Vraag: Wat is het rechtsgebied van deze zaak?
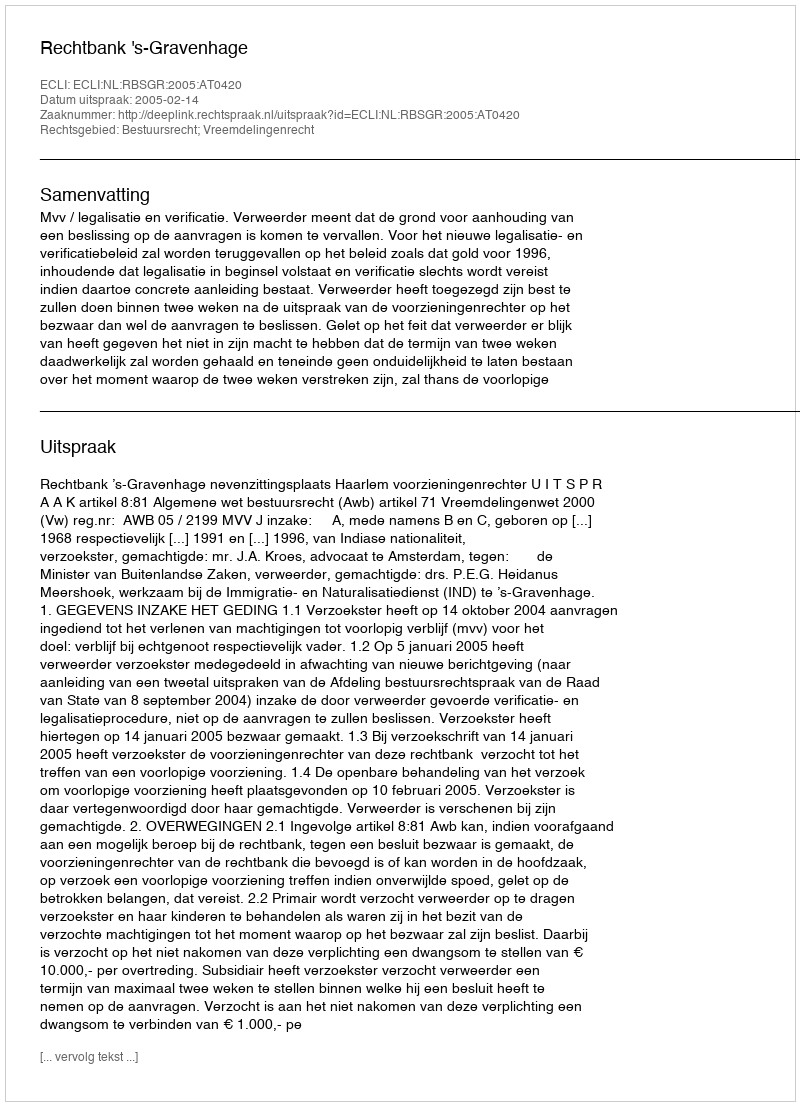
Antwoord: Bestuursrecht; Vreemdelingenrecht